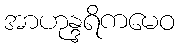
အာဟုန္ဒရိကမေဝ